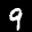
Label: 9